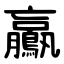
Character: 鸁